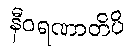
နီဝရဏာတိပိ